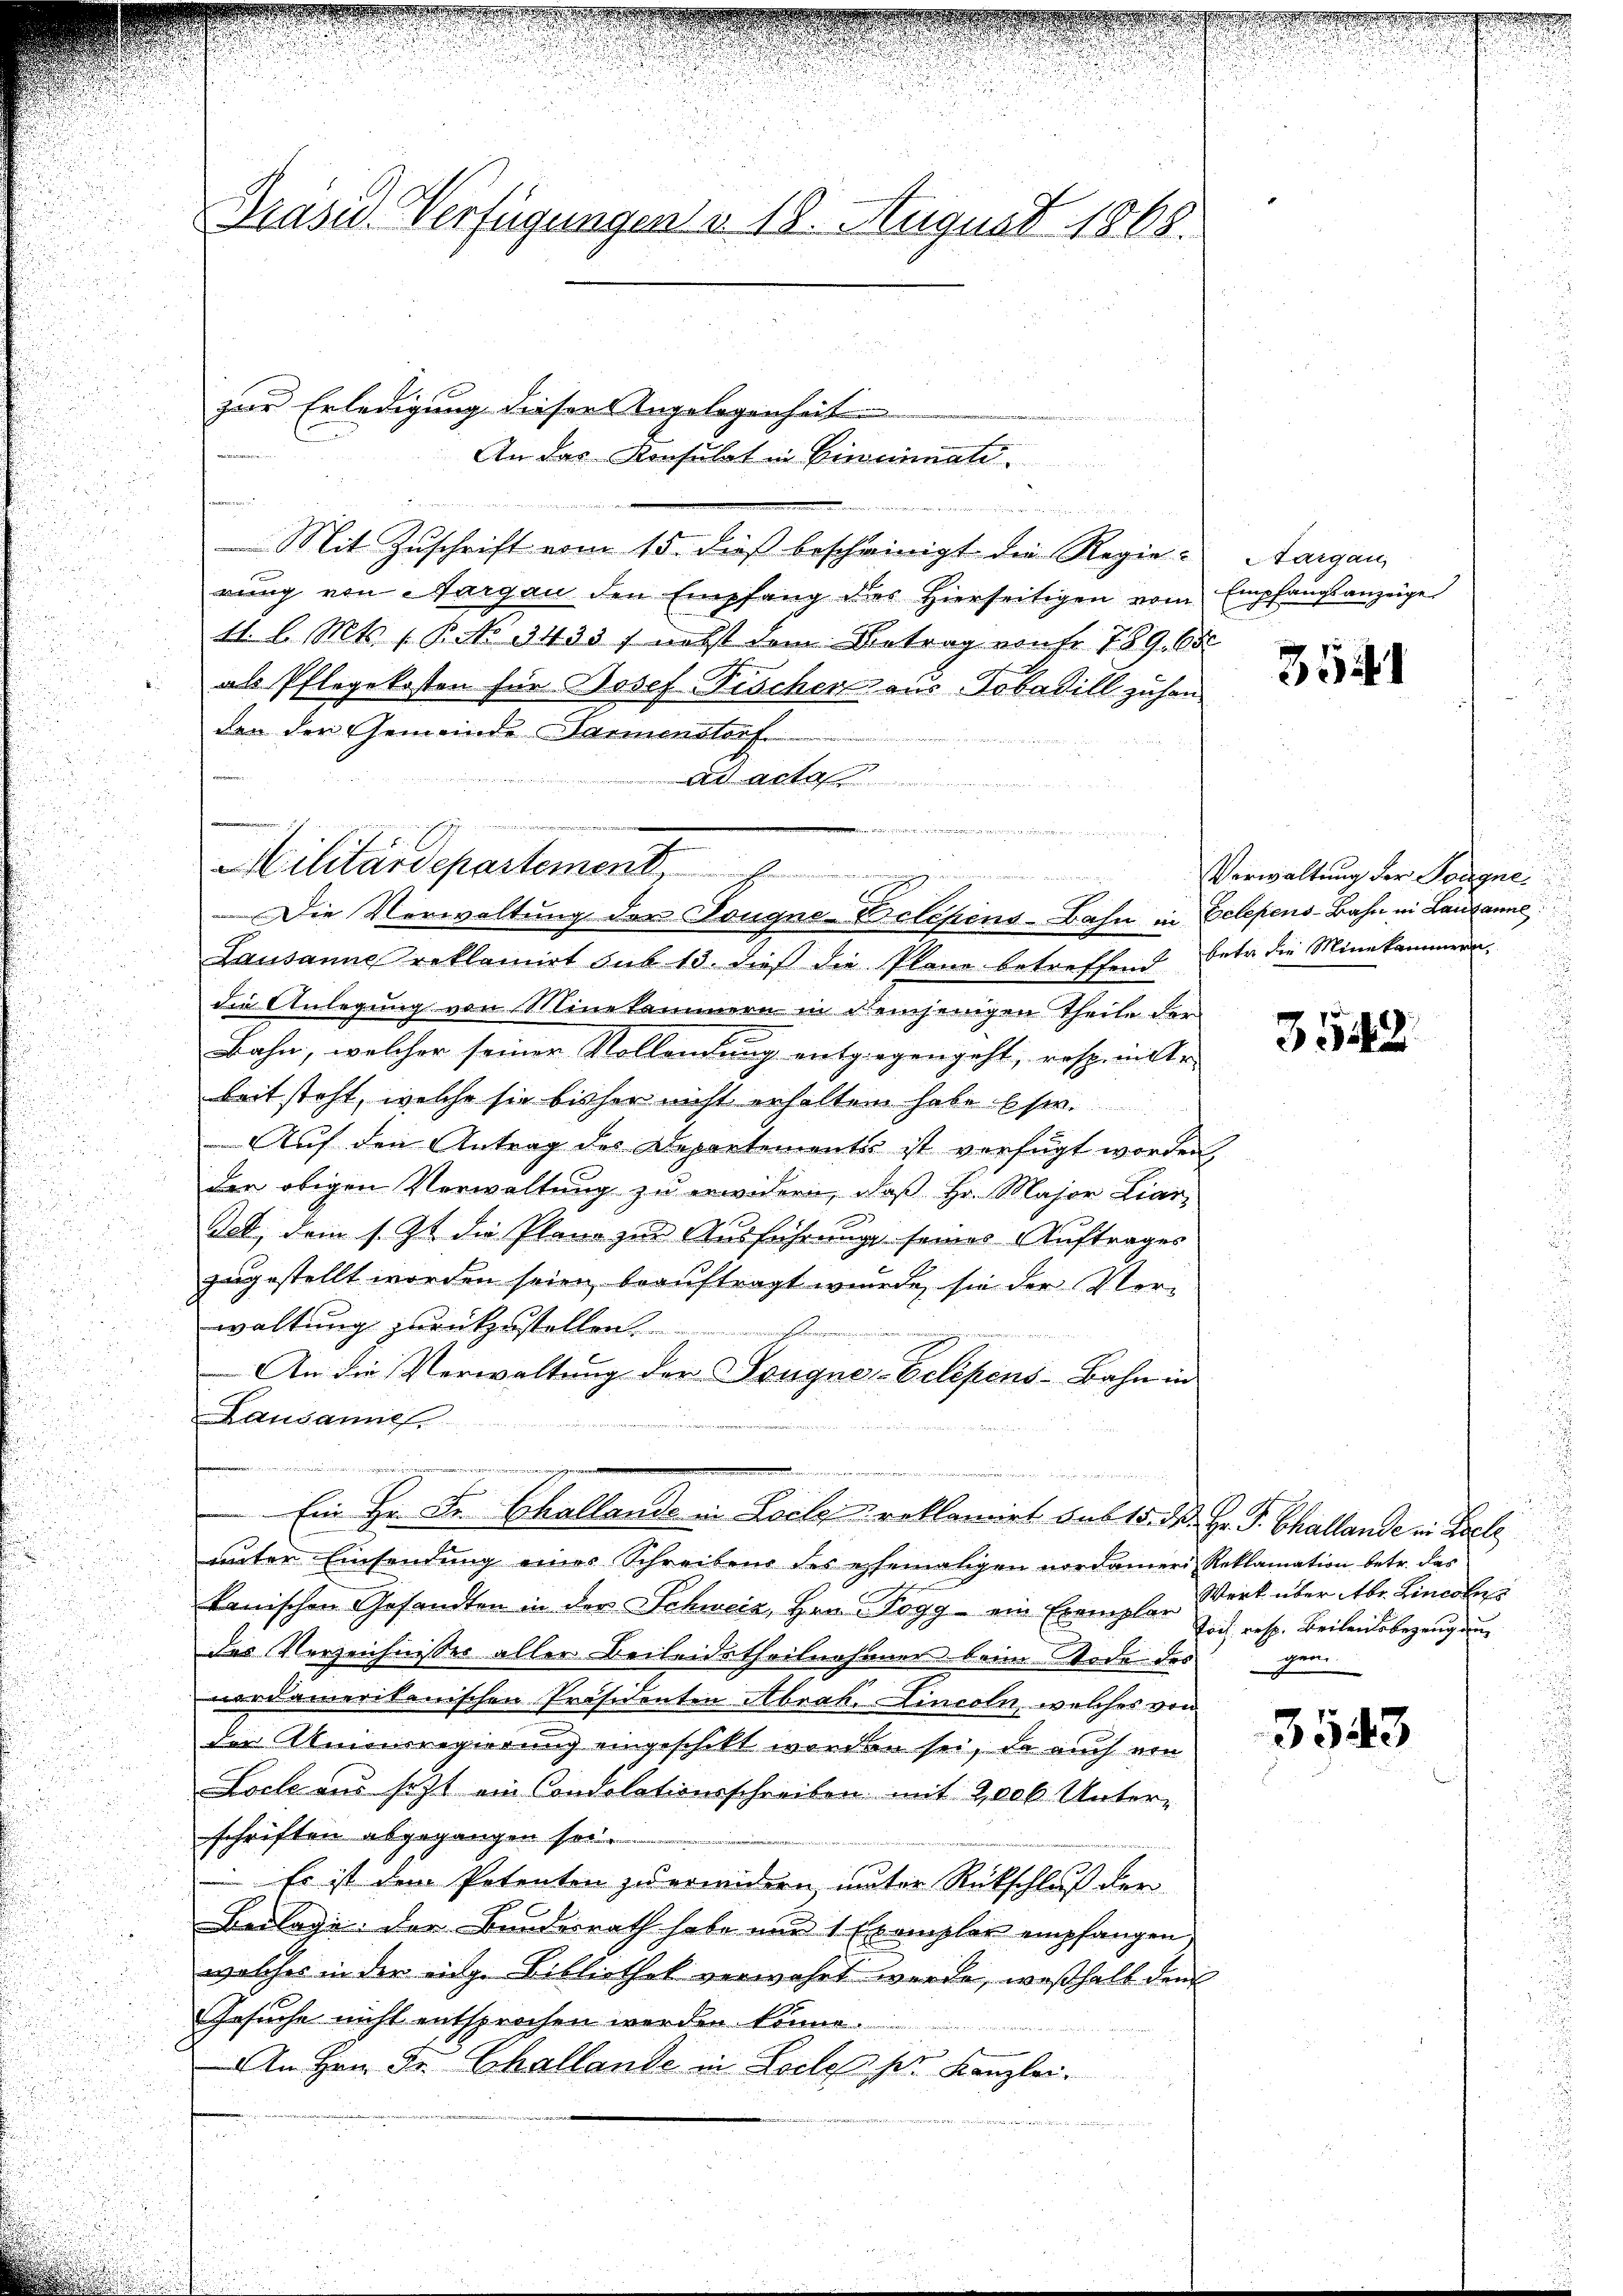
Präsid. Verfügungen v. 18. August 1868.

zur Erledigung dieser Angelegenheit

An das Konsulat in Cincinati

n
Militärdepartement
Die Verwaltung der Dougne-Belesens-Bahn in Gelegens-Bahn in Lausanne

viarin

u
Mit Zuschrift vom 15. dieß bescheinigt die Regie-
rung von Aargau den Empfang dies hierseitigen vom
11. l. Mts. 1. B No 3435 f nebst dem Betrag vonfr 789. 65
als Pflegekosten für Josef Fischens aus Tobadill zuhan
dan der Gemeinde Tannenstorf

ad acta
Lausanne reklamirt sub 13. dieß die Plane betreffend betr. die Minekammern.
die Anlegung von Minekammern in demjenigen Theile der
Bahn, welcher seiner Vollendung entgegengeht, resp. inter
beit steht, welche sie bisher nicht erhalten habe Ese.
Auf den Antrag des Departements ist verfügt worden,
Der obigen Verwaltung zu erwidern, daß Hr. Major Liar-
Jet, dem s. Zt. die Plane zur Ausführung seines Auftrages
zugestellt worden seien, beauftragt wurde, sie der Verwaltung zurückzustellen.
An die Verwaltung der Zeugne-Eclipens-Bahn in
Lausannes
u
Ein Hr. Dr. Challande in Loelproklamirt sub 15. M. Hr. P. Challande in Seele,
unter Einsendung eines Schreibens des ehemaligen nordamer Reklamation betr. das
kanischen Gesandten in der Schweiz, Hrn. Pogg - ein Exemplar zu resp. Beileitsbezeugung
des Verzeichnisses aller Beileidetheilnehmer beim Tode des gen
vordamerikanischen Präsidenten Abrah. Lincoln, welches von
den Amonsregierung eingeschikt worden sei, da auch ein
Loche aus setzt ein Condolationsschreiben mit 2000 Unter-
schriften abgegangen sei.
 Es ist den Petenten zu erwidern, unter Rückschluß der
Beilage der Bundesrath habe nur 1 Exemplar empfangen,
welches in der ing. Bibliothek verwahrt werde, weßhalb dem
Gesuche nicht entsprochen werden könne.
An Hrn. Dr. Challande in Locles pr Kanzlei.

Aargau,
Empfangsanzeige

314

Verwaltung der Tongne

3542

3543

Werk über Abr. Lincole